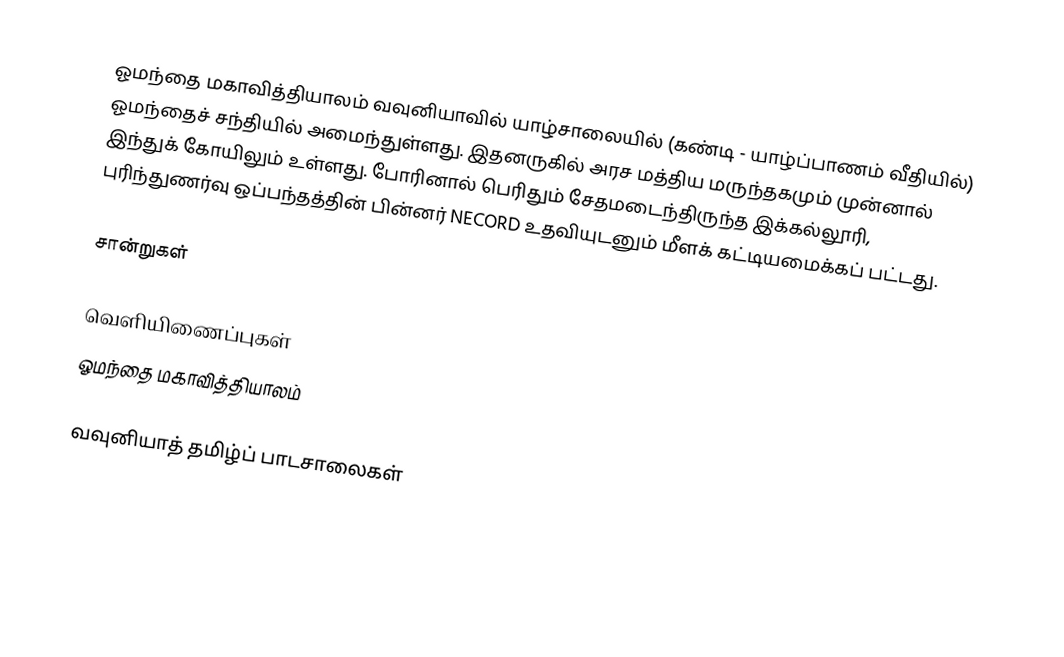
ஓமந்தை மகாவித்தியாலம் வவுனியாவில் யாழ்சாலையில் (கண்டி - யாழ்ப்பாணம் வீதியில்) ஓமந்தைச் சந்தியில் அமைந்துள்ளது. இதனருகில் அரச மத்திய மருந்தகமும் முன்னால் இந்துக் கோயிலும் உள்ளது. போரினால் பெரிதும் சேதமடைந்திருந்த இக்கல்லூரி,  புரிந்துணர்வு ஒப்பந்தத்தின் பின்னர் NECORD உதவியுடனும் மீளக் கட்டியமைக்கப் பட்டது.

சான்றுகள்

வெளியிணைப்புகள்
 ஓமந்தை மகாவித்தியாலம்

வவுனியாத் தமிழ்ப் பாடசாலைகள்